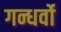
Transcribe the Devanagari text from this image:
गन्धर्वो